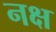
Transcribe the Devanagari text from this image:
नक्ष